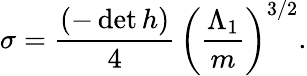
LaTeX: \sigma=\frac{(-\operatorname*{det}h)}{4}\, \left(\frac{\Lambda_{1}}{m}\right)^{3/2}.